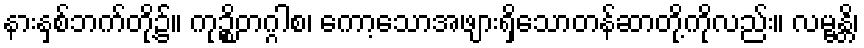
နားနှစ်ဘက်တို့၌။ ကုဉ္စိတဂ္ဂါစ၊ ကော့သောအဖျားရှိသောတန်ဆာတို့ကိုလည်း။ လမ္ဗန္တိ၊